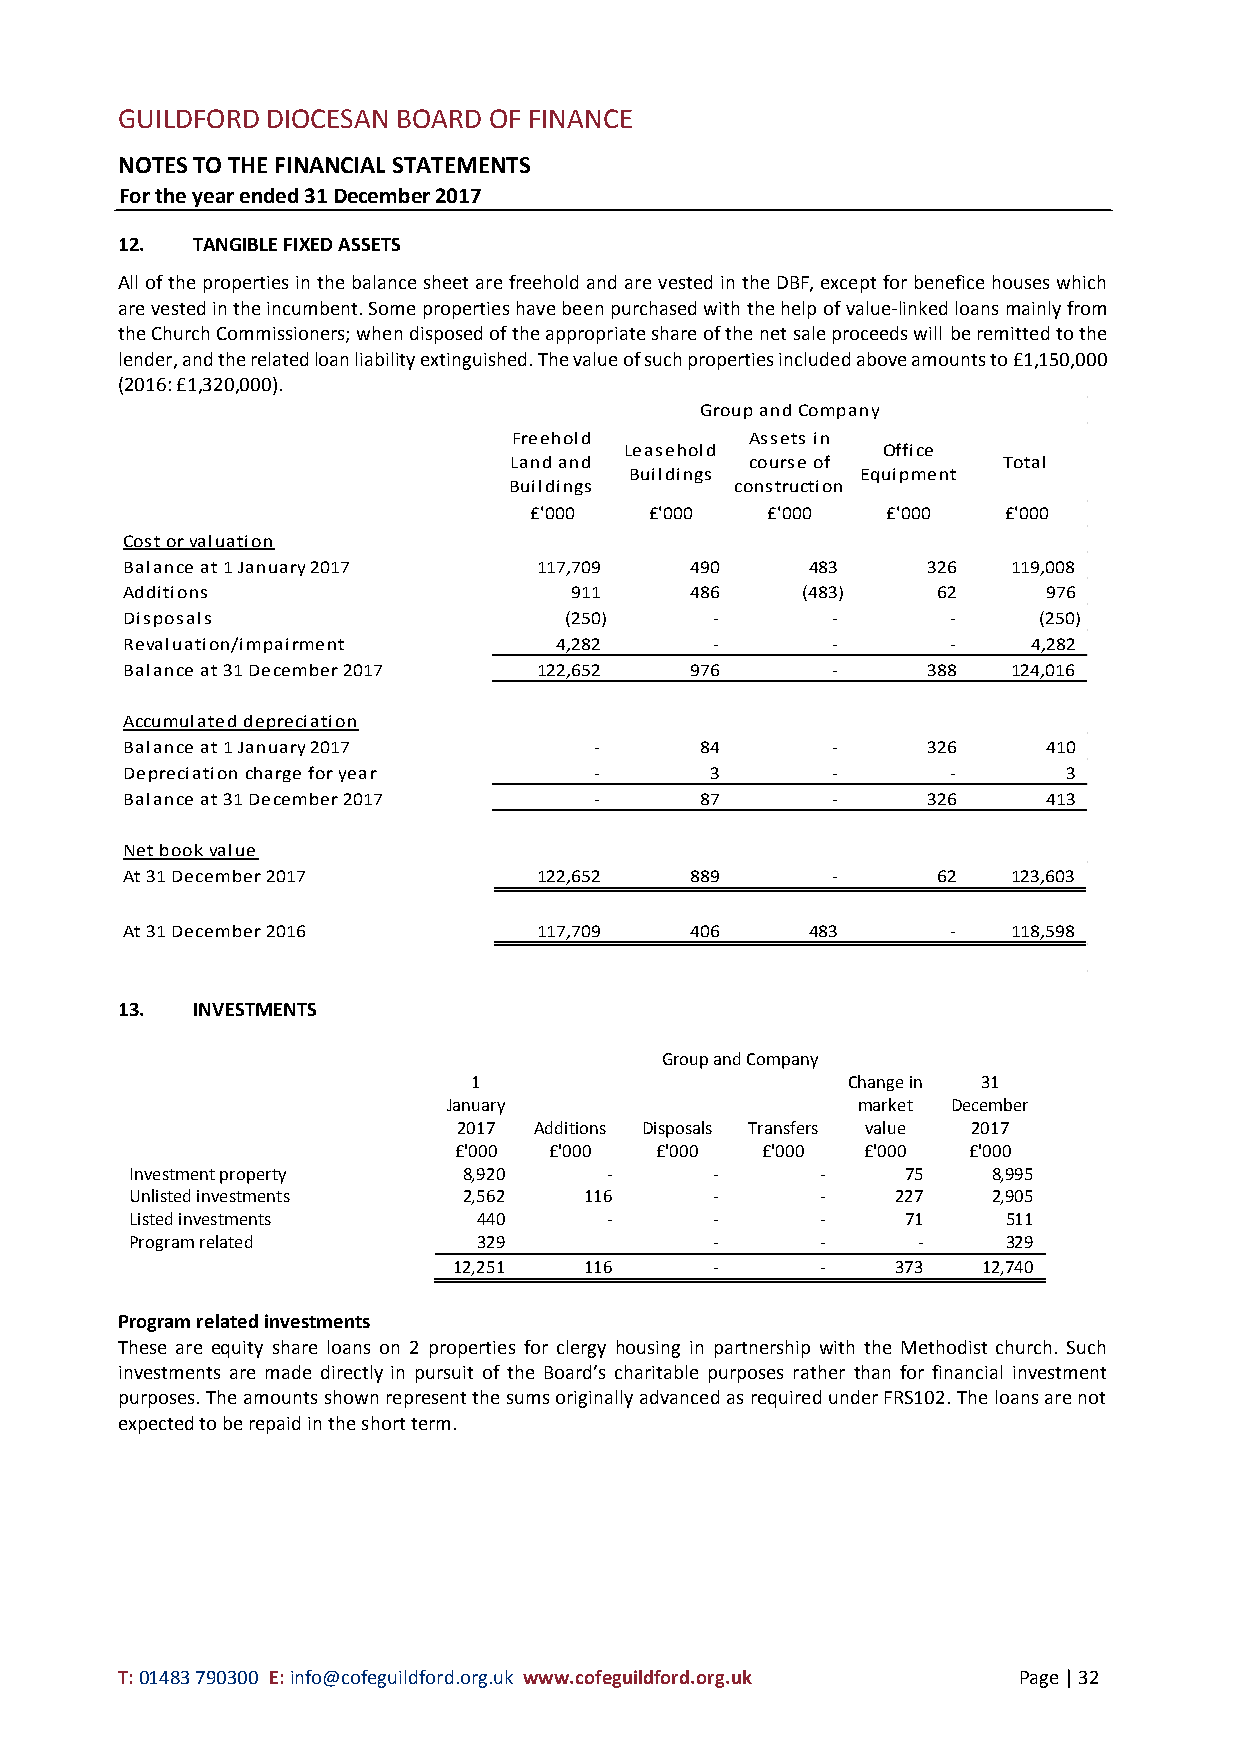
GUILDFORD DIOCESAN BOARD OF FINANCE
 NOTES TO THE FINANCIAL STATEMENTS
 For the year ended 31 December 2017
 12.  TANGIBLE FIXED ASSETS
 All of the properties in the balance sheet are freehold and are vested in the DBF, except for benefice houses which
 are vested in the incumbent. Some properties have been purchased with the help of value-linked loans mainly from
 the Church Commissioners; when disposed of the appropriate share of the net sale proceeds will be remitted to the
 lender, and the related loan liability extinguished. The value of such properties included above amounts to £1,150,000
 (2016: £1,320,000).
 Group and Company
 Freehold        Assets in
 Leasehold        Office
 Land and        course of       Total
 Buildings      Equipment
 Buildings      construction
 £'000   £'000   £'000   £'000  £'000
 Cost or valuation
 Balance at 1 January 2017   117,709   490     483    326   119,008
 Additions                     911     486    (483)    62     976
 Disposals                    (250)     -       -       -     (250)
 Revaluation/impairment       4,282     -       -       -    4,282
 Balance at 31 December 2017 122,652   976      -     388   124,016
 Accumulated depreciation
 Balance at 1 January 2017      -      84       -     326     410
 Depreciation charge for year   -       3       -       -       3
 Balance at 31 December 2017    -      87       -     326     413
 Net book value
 At 31 December 2017         122,652   889      -      62   123,603
 At 31 December 2016         117,709   406     483      -   118,598
 13.  INVESTMENTS
 Group and Company
 1                        Change in 31
 January                    market December
 2017 Additions Disposals Transfers value 2017
 £'000 £'000  £'000  £'000  £'000  £'000
 Investment property   8,920    -      -      -     75    8,995
 Unlisted investments  2,562   116     -      -    227    2,905
 Listed investments     440     -      -      -     71     511
 Program related        329            -      -      -     329
 12,251   116     -      -    373   12,740
 Program related investments
 These are equity share loans on 2 properties for clergy housing in partnership with the Methodist church. Such
 investments are made directly in pursuit of the Board’s charitable purposes rather than for financial investment
 purposes. The amounts shown represent the sums originally advanced as required under FRS102. The loans are not
 expected to be repaid in the short term.
 T: 01483 790300 E: info@cofeguildford.org.uk www.cofeguildford.org.uk Page | 32